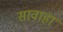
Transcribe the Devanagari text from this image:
सावाहा